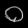
Digit: ၀